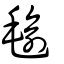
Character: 毺